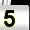
Digit: 5